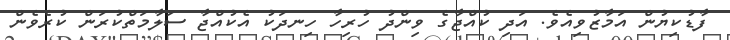
ފާޑުކިޔުން އަމާޒުވިއެވެ. އަދި ކުއްޖާގެ ވިންދު ހުރިހާ ހިނދަކު އެކުއްޖާ ސަލާމަތްކުރަން ކުރެވެން